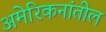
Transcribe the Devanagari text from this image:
अमेरिकनांतील